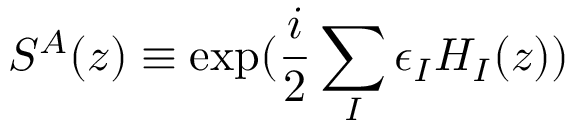
S ^ { A } ( z ) \equiv \exp ( \frac { i } { 2 } \sum _ { I } \epsilon _ { I } H _ { I } ( z ) )